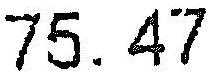
75.47